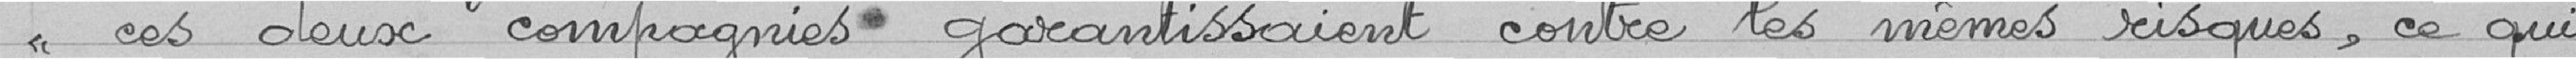
"ces deux compagnies garantissaient contre les mêmes risques, ce qui